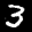
Label: 3